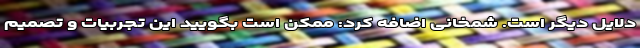
دلایل دیگر است. شمخانی اضافه کرد: ممکن است بگویید این تجربیات و تصمیم